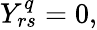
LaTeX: \begin{array}{r}{Y_{rs}^{q}=0,}\end{array}